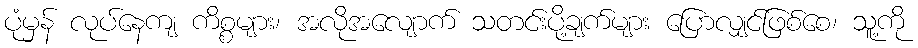
ပုံမှန် လုပ်နေကျ ကိစ္စများ၊ အလိုအလျောက် သတင်းပို့ချက်များ ပြောလျှင်ဖြစ်စေ၊ သူ့ကို